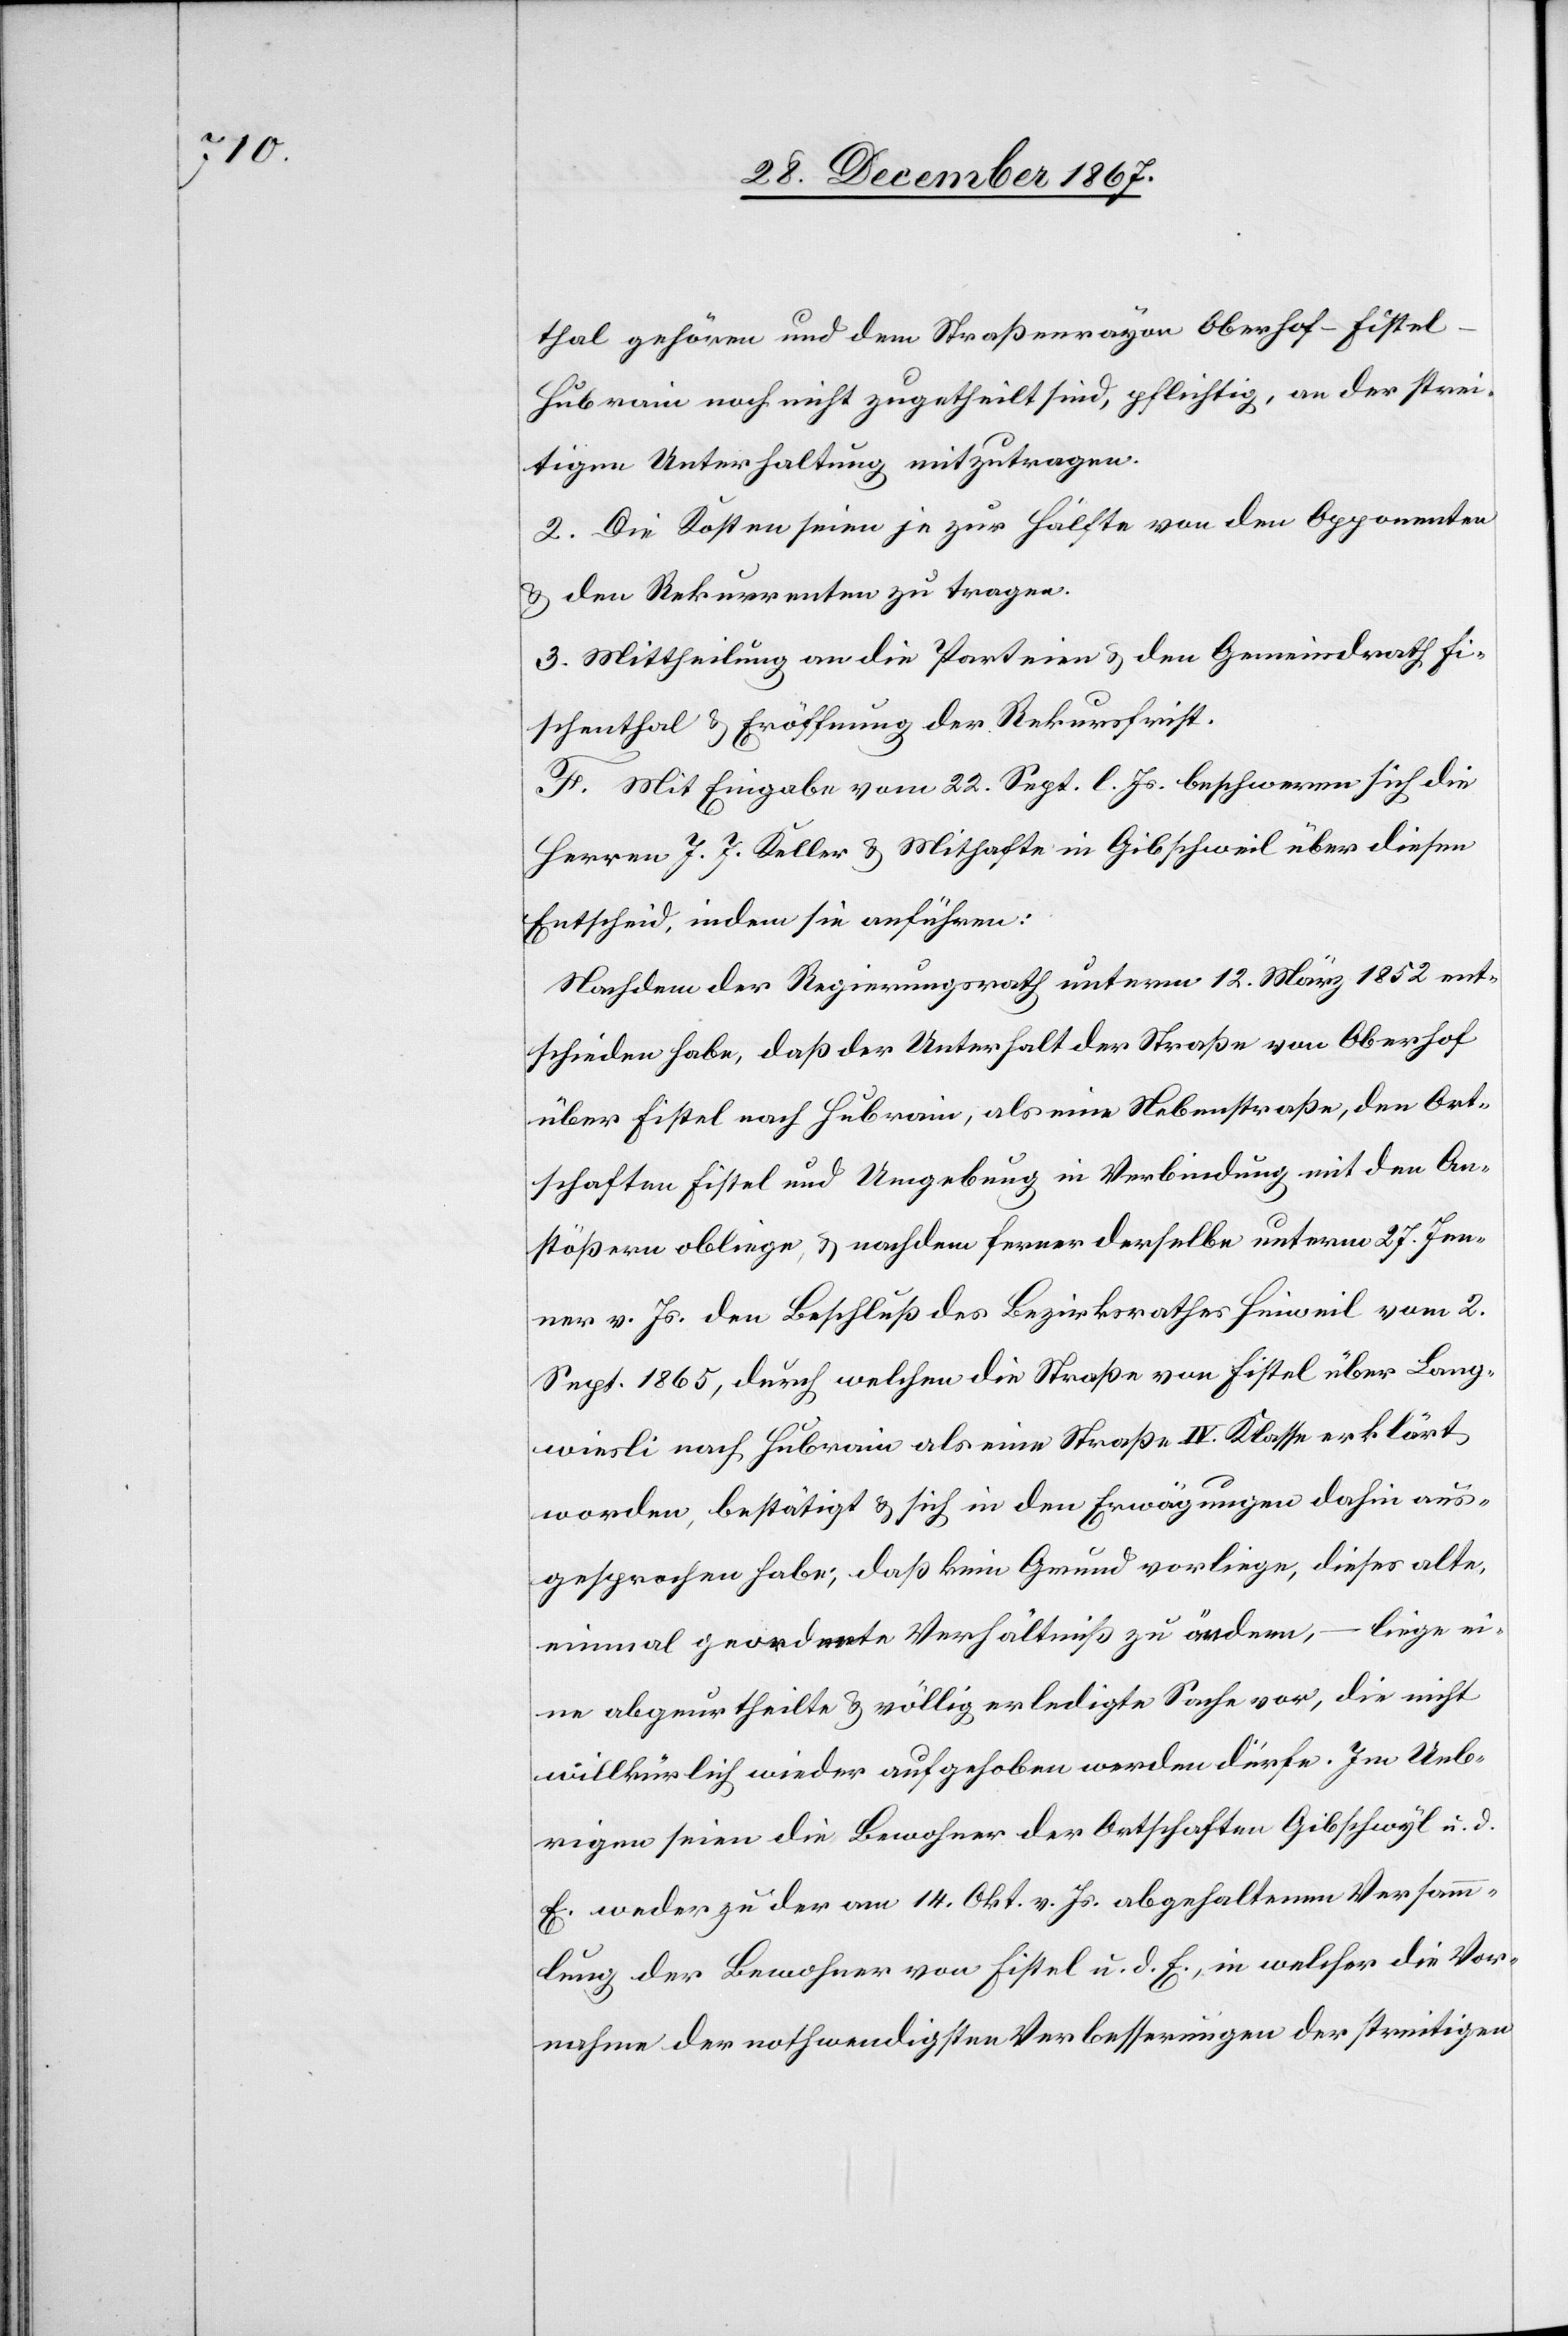
thal gehören und dem Straßenrayon Oberhof–Fiste¬
l–Hubrain noch nicht zugetheilt sind, pflichtig, an der strei¬
tigen Unterhaltung mitzutragen.
2. Die Kosten seien je zur Hälfte von den Opponenten
u. den Rekurrenten zu tragen.
3. Mittheilung an die Parteien u. den Gemeindrath Fi¬
schenthal u. Eröffnung der Rekursfrist.
F. Mit Eingabe vom 22. Sept. l. Js. beschweren sich die
Herren J. J. Keller u. Mithafte in Gibschweil über diesen
Entscheid, indem sie anführen:
Nachdem der Regierungsrath unterm 12. März 1852 ent¬
schieden habe, daß der Unterhalt der Straße von Oberhof
über Fistel nach Hubrain, als eine Nebenstraße, den Ort¬
schaften Fistel und Umgebung in Verbindung mit den An¬
stößern obliege, u. nachdem ferner derselbe unterm 27. Jen¬
ner v. Js den Beschluß des Bezirksrathes Hinweil vom 2.
Sept 1865, durch welchen die Straße von Fistel über Lang¬
wiesli nach Hubrain als eine Straße IV. Klasse erklärt
worden, bestätigt u. sich in den Erwägungen dahin aus¬
gesprochen habe, daß kein Grund vorliege, dieses alte,
einmal geordnete Verhältniß zu ändern, – liege ei¬
ne abgeurtheilte u. völlig erledigte Sache vor, die nicht
willkürlich wieder aufgehoben werden dürfe. Im Ueb¬
rigen seien die Bewohner der Ortschaften Gibschwyl u. d.
E. weder zu der am 14. Okt. v. Js. abgehaltenen Versamm¬
lung der Bewohner von Fistel u. d. E., in welcher die Vor¬
nahme der nothwendigsten Verbesserungen der streitigen